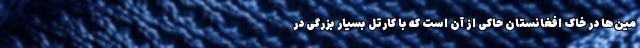
مین‌ها در خاک افغانستان حاکی از آن است که با کارتل بسیار بزرگی در